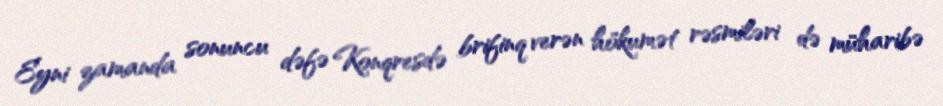
Eyni zamanda sonuncu dəfə Konqresdə brifinq verən hökumət rəsmiləri də müharibə